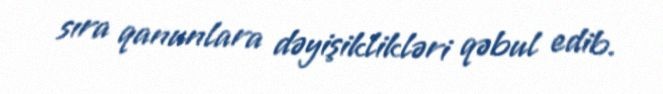
sıra qanunlara dəyişiklikləri qəbul edib.